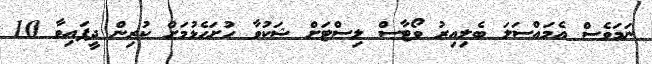
ނަމަވެސް އެމައްސަލަ ބެލިއިރު ވޯޓާސް ލިސްޓަށް ޝަކުވާ ހުށަހެޅުމަށް ކުރިން ދީފައިވާ 10